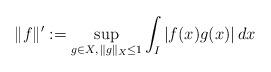
LaTeX: \begin{align*} \|f\|^{\prime}: = \sup_{g \in X, \, \|g\|_{X} \leq 1} \int_{I} |f(x) g(x) | \, dx\end{align*}